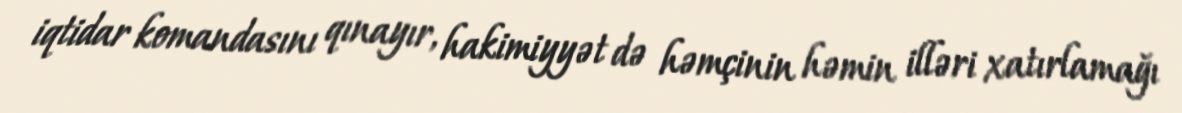
iqtidar komandasını qınayır, hakimiyyət də həmçinin həmin illəri xatırlamağı